Indian journal of veterinary science and animal husbandry - Volumes 24-25, 1954-1955
Year: 1954
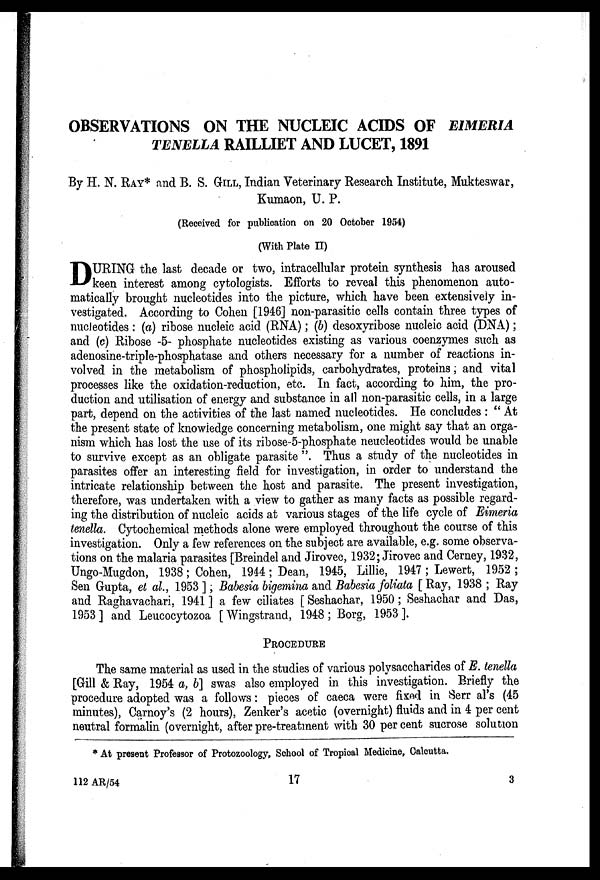
OBSERVATIONS ON THE NUCLEIC ACIDS OF EIMERIA
TENELLA RAILLIET AND LUCET, 1891
By H. N. RAY* and B. S. GILL, Indian Veterinary Research Institute, Mukteswar,
Kumaon, U. P.
(Received for publication on 20 October 1954)
(With Plate II)
D URING the last decade or two, intracellular protein synthesis has aroused
keen interest among cytologists. Efforts to reveal this phenomenon auto-
matically brought nucleotides into the picture, which have been extensively in-
vestigated. According to Cohen [1946] non-parasitic cells contain three types of
nucleotides : (a) ribose nucleic acid (RNA); (b) desoxyribose nucleic acid (DNA);
and (c) Ribose -5- phosphate nucleotides existing as various coenzymes such as
adenosine-triple-phosphatase and others necessary for a number of reactions in-
volved in the metabolism of phospholipids, carbohydrates, proteins; and vital
processes like the oxidation-reduction, etc. In fact, according to him, the pro-
duction and utilisation of energy and substance in all non-parasitic cells, in a large
part, depend on the activities of the last named nucleotides. He concludes : " At
the present state of knowledge concerning metabolism, one might say that an orga-
nism which has lost the use of its ribose-5-phosphate neucleotides would be unable
to survive except as an obligate parasite ". Thus a study of the nucleotides in
parasites offer an interesting field for investigation, in order to understand the
intricate relationship between the host and parasite. The present investigation,
therefore, was undertaken with a view to gather as many facts as possible regard-
ing the distribution of nucleic acids at various stages of the life cycle of Eimeria
tenella. Cytochemical methods alone were employed throughout the course of this
investigation. Only a few references on the subject are available, e.g. some observa-
tions on the malaria parasites [Breindel and Jirovec, 1932; Jirovec and Cerney, 1932,
Ungo-Mugdon, 1938; Cohen, 1944; Dean, 1945, Lillie, 1947 ; Lewert, 1952 ;
Sen Gupta, et al., 1953]; Babesia bigemina and Babesia foliata [Ray, 1938 ; Ray
and Raghavachari, 1941 ] a few ciliates [Seshachar, 1950; Seshachar and Das,
1953] and Leucocytozoa [Wingstrand, 1948 ; Borg, 1953 ].
PROCEDURE
The same material as used in the studies of various polysaccharides of E. tenella
[Gill & Ray, 1954 a, b] swas also employed in this investigation. Briefly the
procedure adopted was a follows: pieces of caeca were fixed in Serr al's (45
minutes), Carnoy's (2 hours), Zenker's acetic (overnight) fluids and in 4 per cent
neutral formalin (overnight, after pre-treatment with 30 per cent sucrose solution
* At present Professor of Protozoology, School of Tropical Medicine, Calcutta.
112 AR/54
17
3